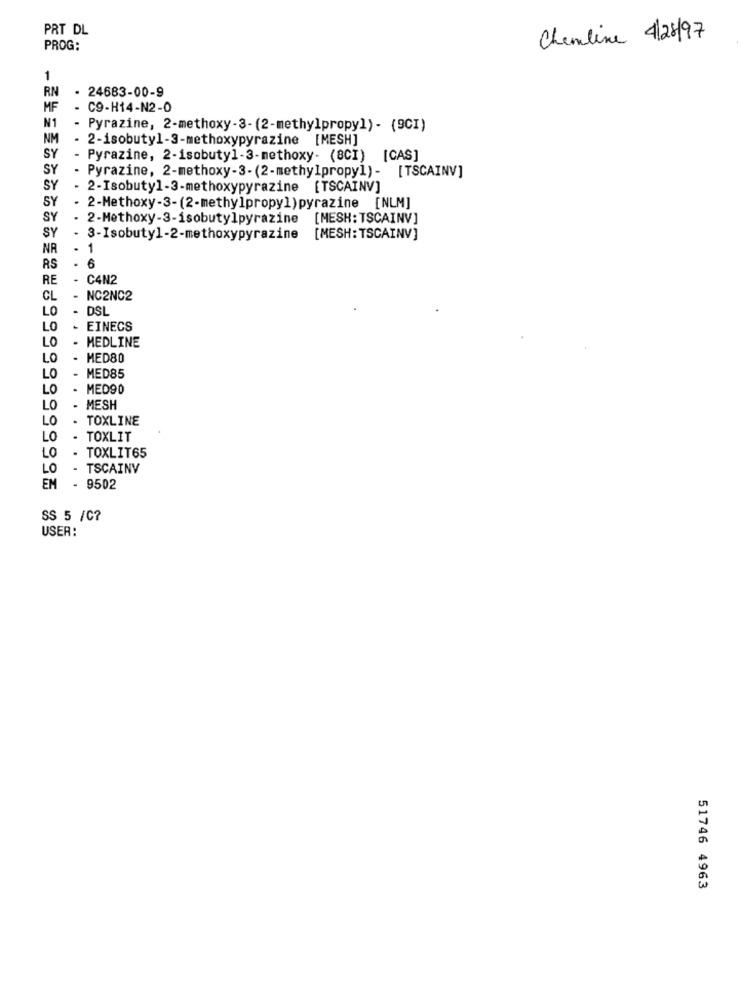
PRT DL
Chemline 4/28/97
PROG:
1
RN
- 24683-00-9
MF
- C9-H14-N2-0
N1
- Pyrazine, 2-methoxy-3- (2-methylpropyl)- (9CI)
NM
2-isobutyl-3-methoxypyrazine [MESH]
SY
- Pyrazine, 2-isobutyl-3-methoxy- (8CI) [CAS]
SY
- Pyrazine, 2-methoxy-3-(2-methylpropyl)- [TSCAINV]
SY
2-Isobutyl-3-methoxypyrazine [TSCAINV]
SY
- 2-Methoxy-3-(2-methylpropyl)pyrazine [NLM]
SY
. 2-Methoxy-3-isobutylpyrazine
[MESH: TSCAINV]
SY
- 3-Isobutyl-2-methoxypyrazine
[MESH: TSCAINV]
NA
- 1
RS
. 6
RE
-
C4N2
CL
NC2NC2
LO
DSL
LO
EINECS
MEDLINE
LO
LO
MED80
LO
MED85
LO
MED90
LO
MESH
LO
TOXLINE
LO
TOXLIT
LO
TOXLIT65
LO
TSCAINV
EM
9502
SS 5 /C?
USER:
51746 4963